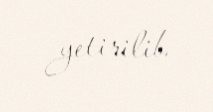
yetirilib.